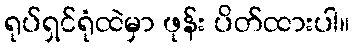
ရုပ်ရှင်ရုံထဲမှာ ဖုန်း ပိတ်ထားပါ။